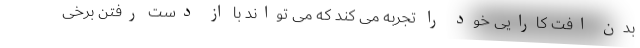
بدن افت کارایی خود را تجربه می کند که می تواند با از دست رفتن برخی